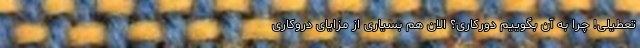
تعطیلی! چرا به آن بگوییم دورکاری؟ الان هم بسیاری از مزایای دروکاری